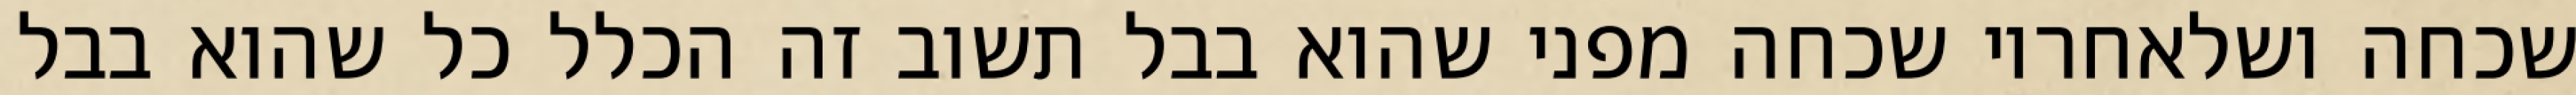
שכחה ושלאחריו שכחה מפני שהוא בבל תשוב זה הכלל כל שהוא בבל